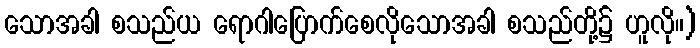
သောအခါ စသည်ယ ရောဂါပြောက်စေလိုသောအခါ စသည်တို့၌ ဟူလို။)